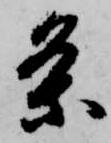
条